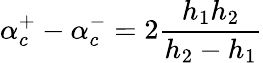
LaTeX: \alpha_{c}^{+}-\alpha_{c}^{-}=2\frac{h_{1}h_{2}}{h_{2}-h_{1}}